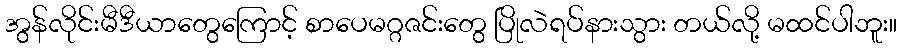
အွန်လိုင်းမီဒီယာတွေကြောင့် စာပေမဂ္ဂဇင်းတွေ ပြိုလဲရပ်နားသွား တယ်လို့ မထင်ပါဘူး။